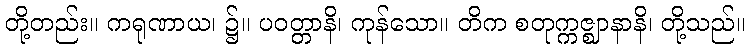
တို့တည်း။ ကရုဏာယ၊ ၌။ ပဝတ္တာနိ၊ ကုန်သော။ တိက စတုက္ကဇ္ဈာနာနိ၊ တို့သည်။